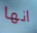
انها